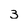
Character: 3